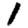
Digit: 1